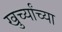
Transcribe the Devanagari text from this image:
खुर्च्यांच्या